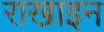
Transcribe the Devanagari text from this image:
राखाइन